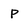
Character: P